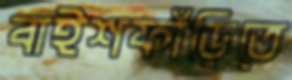
বাইশফাঁড়িতে